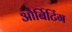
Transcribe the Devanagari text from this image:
और्बिटिंग